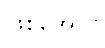
ဖြစ်အောင်